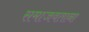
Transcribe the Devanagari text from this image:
समाजवताना